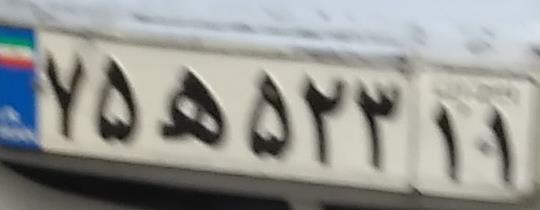
۷۵ه۵۲۳۱۱